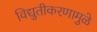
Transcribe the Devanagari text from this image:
विद्युतीकरणामुळे